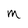
Character: M